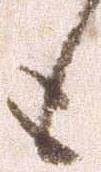
も